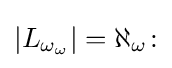
|L_{\omega _{\omega }}|=\aleph _{\omega }\!: